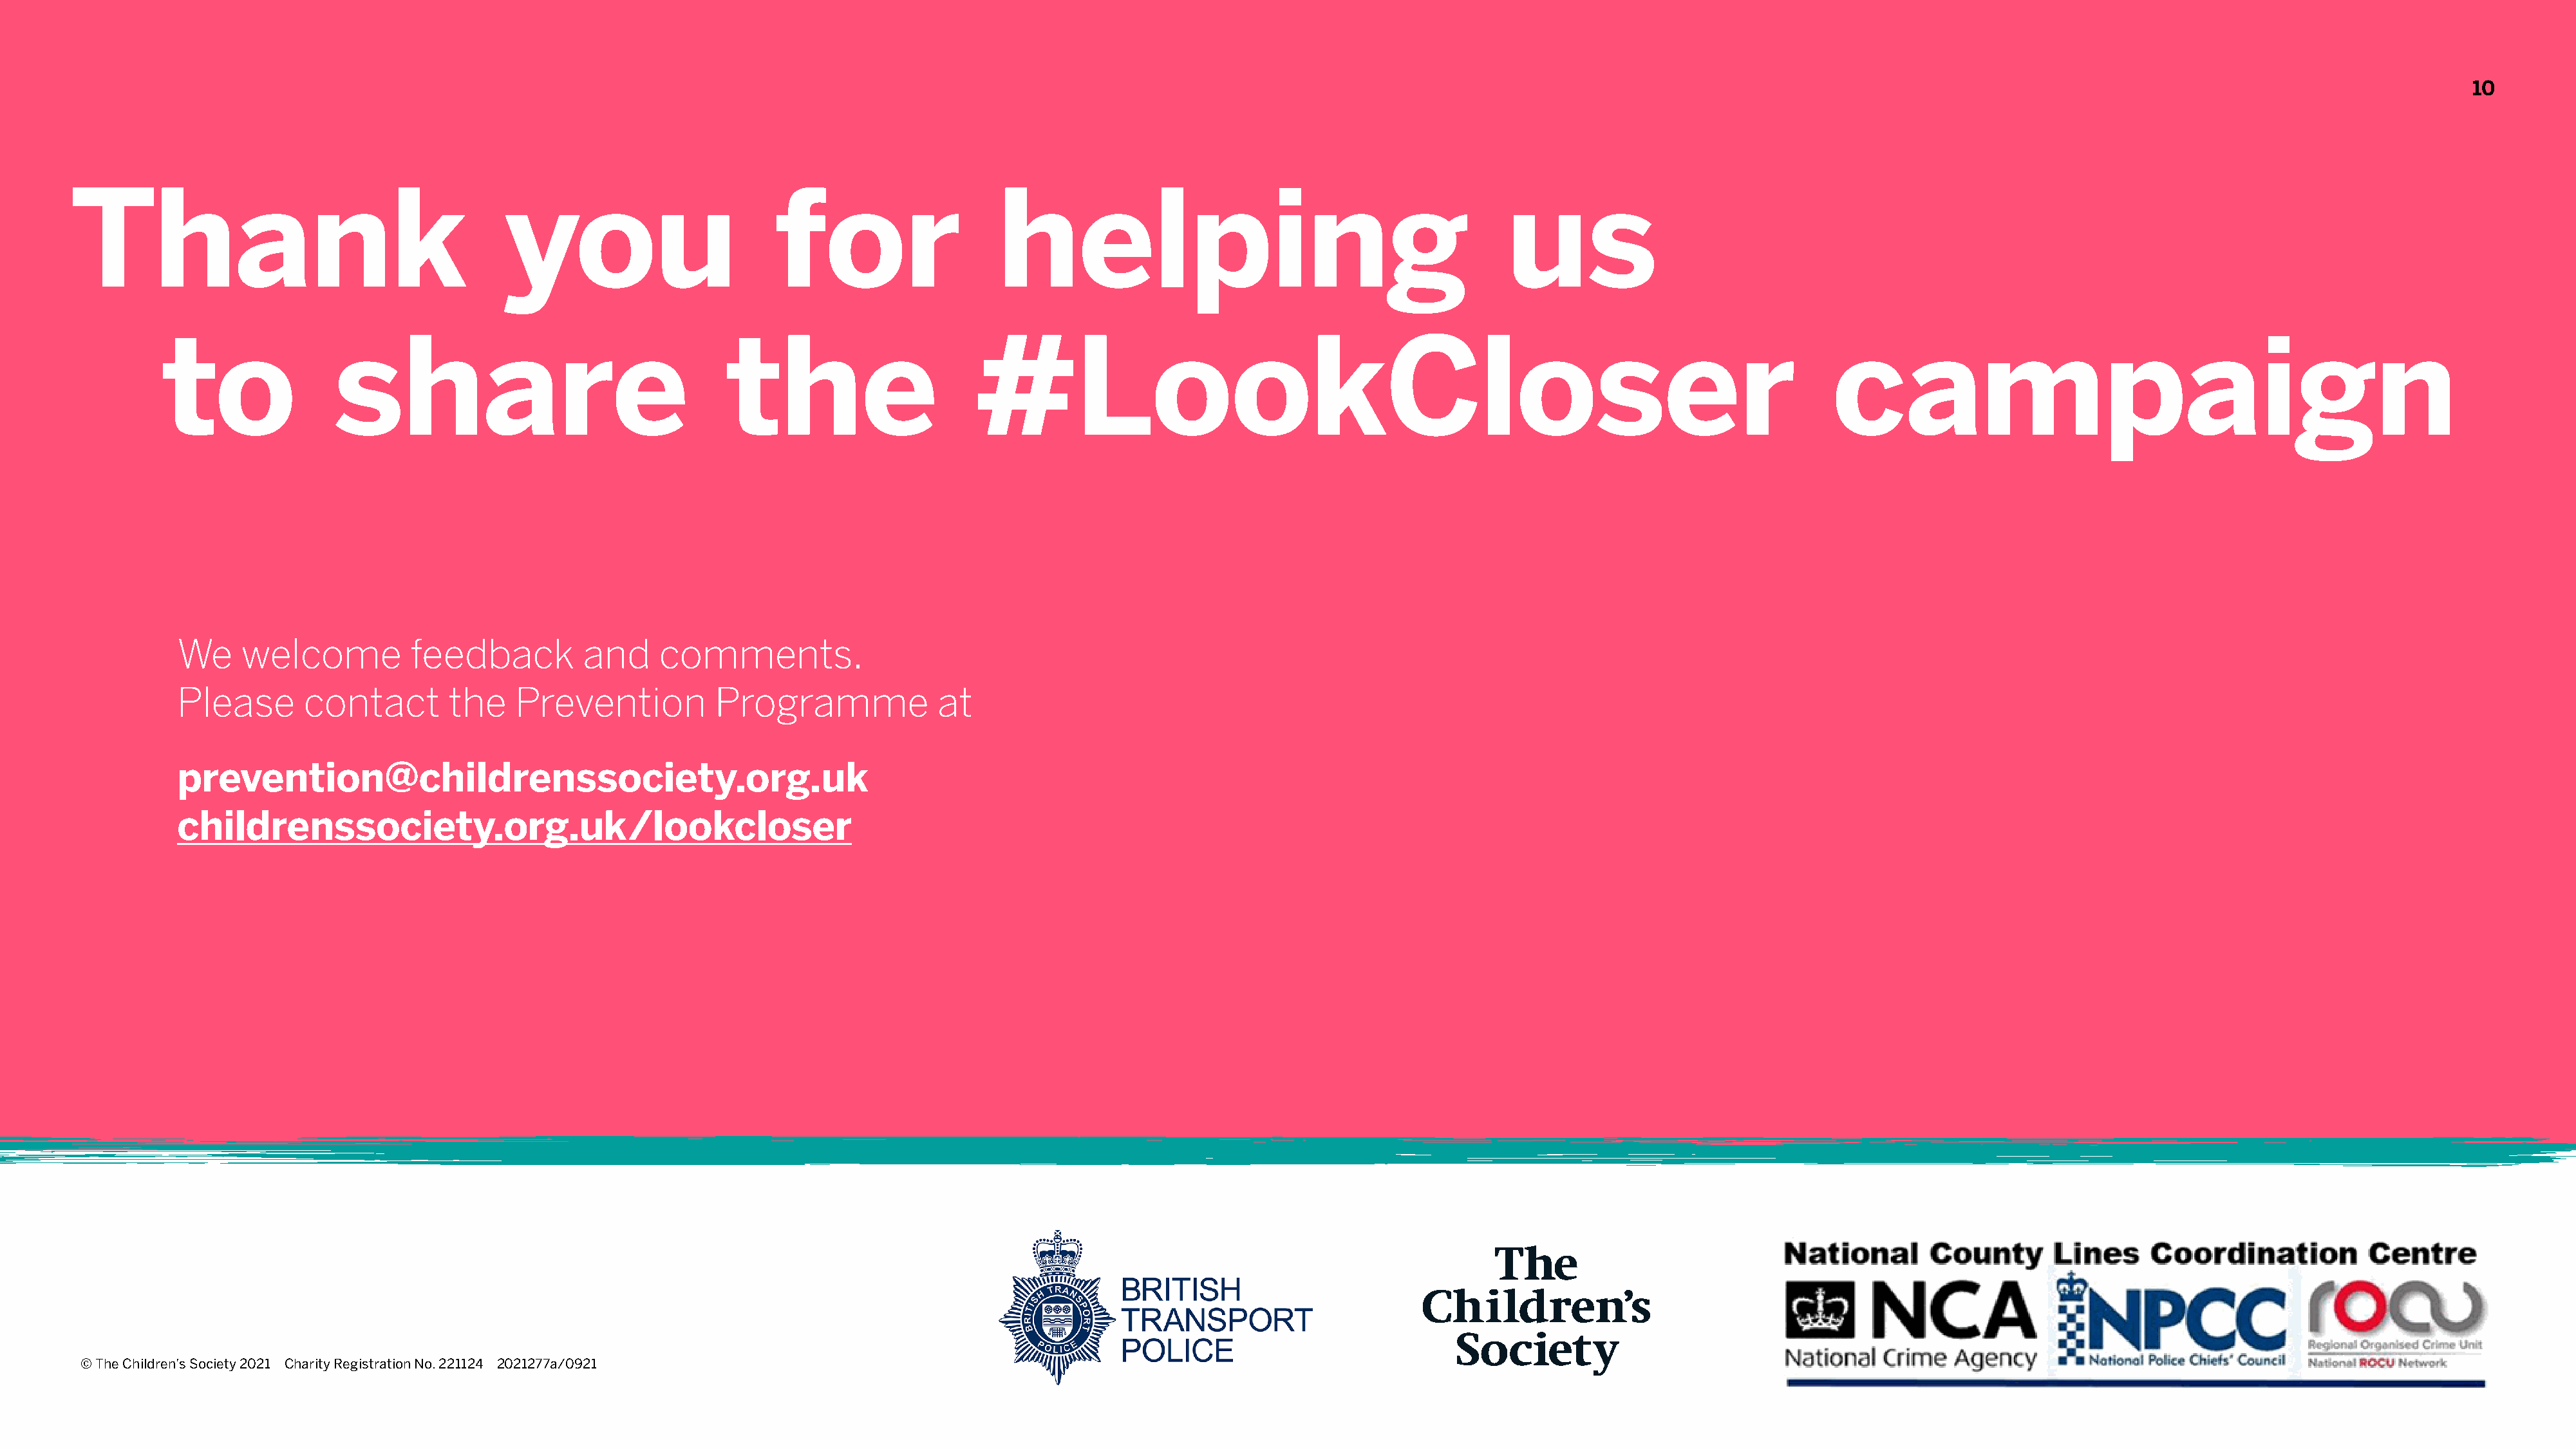
10
 Thank                                        you                         for                    helping                                             us
 to               share                                    the                      #LookCloser                                                                             campaign
 We     welcome          feedback          and     comments.
 Please       contact        the    Prevention          Programme              at
 prevention@childrenssociety.org.uk
 childrenssociety.org.uk/lookcloser
 The  Children’s Society
 Digital pack
 © The Children’s Society 2021 Charity Registration No. 221124 2021277a/0921